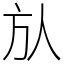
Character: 㫃